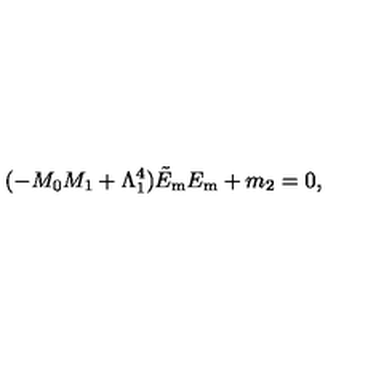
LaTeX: ( - M _ { 0 } M _ { 1 } + \Lambda _ { 1 } ^ { 4 } ) \tilde { E } _ { \mathrm { m } } E _ { \mathrm { m } } + m _ { 2 } = 0 ,